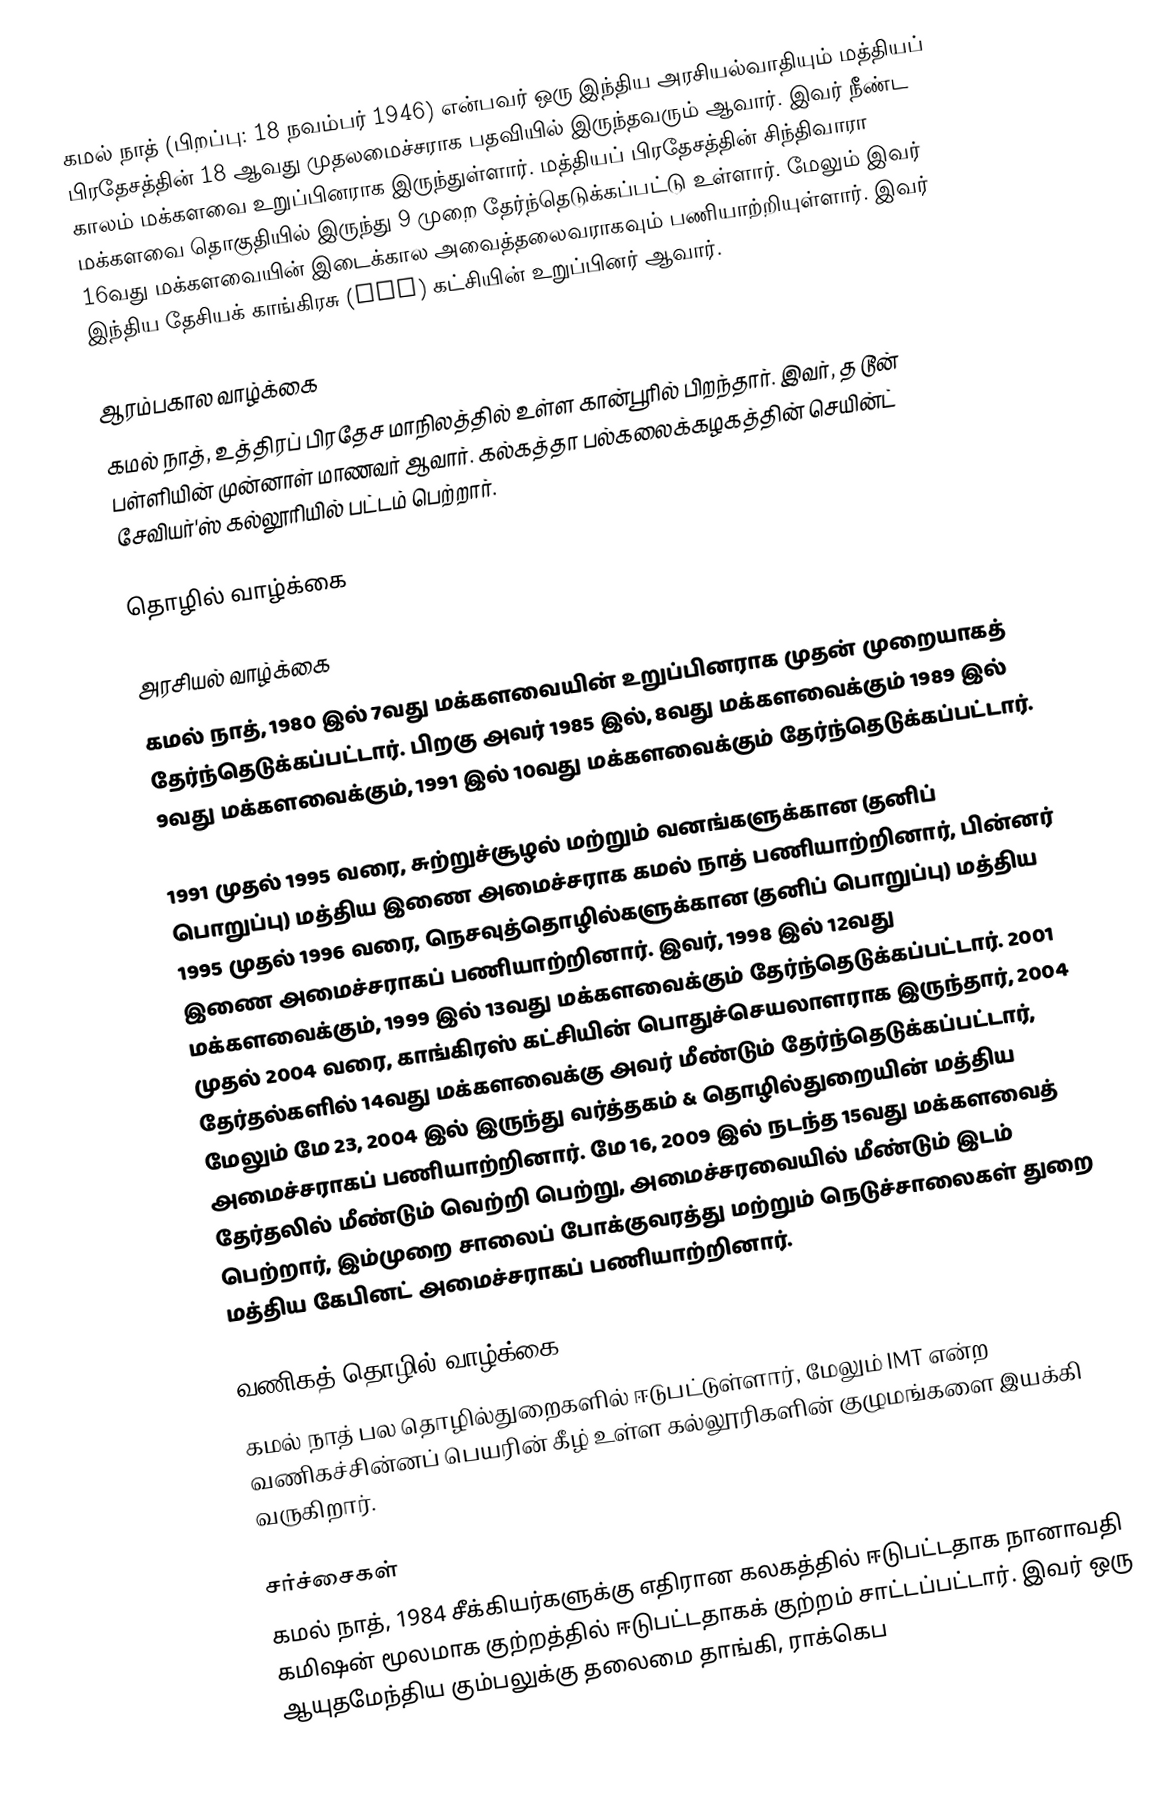
கமல் நாத்  (பிறப்பு: 18 நவம்பர் 1946) என்பவர் ஒரு இந்திய அரசியல்வாதியும் மத்தியப் பிரதேசத்தின் 18 ஆவது முதலமைச்சராக பதவியில் இருந்தவரும் ஆவார். இவர் நீண்ட காலம் மக்களவை உறுப்பினராக இருந்துள்ளார். மத்தியப் பிரதேசத்தின் சிந்திவாரா மக்களவை தொகுதியில் இருந்து 9 முறை தேர்ந்தெடுக்கப்பட்டு உள்ளார். மேலும் இவர் 16வது மக்களவையின் இடைக்கால அவைத்தலைவராகவும் பணியாற்றியுள்ளார். இவர் இந்திய தேசியக் காங்கிரசு (INC) கட்சியின் உறுப்பினர் ஆவார்.

ஆரம்பகால வாழ்க்கை
கமல் நாத், உத்திரப் பிரதேச மாநிலத்தில் உள்ள கான்பூரில் பிறந்தார். இவர், த டூன் பள்ளியின் முன்னாள் மாணவர் ஆவார். கல்கத்தா பல்கலைக்கழகத்தின் செயின்ட் சேவியர்'ஸ் கல்லூரியில் பட்டம் பெற்றார்.

தொழில் வாழ்க்கை

அரசியல் வாழ்க்கை
கமல் நாத், 1980 இல் 7வது மக்களவையின் உறுப்பினராக முதன் முறையாகத் தேர்ந்தெடுக்கப்பட்டார். பிறகு அவர் 1985 இல், 8வது மக்களவைக்கும் 1989 இல் 9வது மக்களவைக்கும்,  1991 இல் 10வது மக்களவைக்கும் தேர்ந்தெடுக்கப்பட்டார்.

1991 முதல் 1995 வரை, சுற்றுச்சூழல் மற்றும் வனங்களுக்கான (தனிப் பொறுப்பு) மத்திய இணை அமைச்சராக கமல் நாத் பணியாற்றினார், பின்னர் 1995 முதல் 1996 வரை, நெசவுத்தொழில்களுக்கான (தனிப் பொறுப்பு) மத்திய இணை அமைச்சராகப் பணியாற்றினார். இவர், 1998 இல் 12வது மக்களவைக்கும், 1999 இல் 13வது மக்களவைக்கும் தேர்ந்தெடுக்கப்பட்டார். 2001 முதல் 2004 வரை, காங்கிரஸ் கட்சியின் பொதுச்செயலாளராக இருந்தார், 2004 தேர்தல்களில் 14வது மக்களவைக்கு அவர் மீண்டும் தேர்ந்தெடுக்கப்பட்டார், மேலும் மே 23, 2004 இல் இருந்து வர்த்தகம் & தொழில்துறையின் மத்திய அமைச்சராகப் பணியாற்றினார். மே 16, 2009 இல் நடந்த 15வது மக்களவைத் தேர்தலில் மீண்டும் வெற்றி பெற்று, அமைச்சரவையில் மீண்டும் இடம் பெற்றார், இம்முறை சாலைப் போக்குவரத்து மற்றும் நெடுச்சாலைகள் துறை மத்திய கேபினட் அமைச்சராகப் பணியாற்றினார்.

வணிகத் தொழில் வாழ்க்கை
கமல் நாத் பல தொழில்துறைகளில் ஈடுபட்டுள்ளார், மேலும் IMT என்ற வணிகச்சின்னப் பெயரின் கீழ் உள்ள கல்லூரிகளின் குழுமங்களை இயக்கி வருகிறார்.

சர்ச்சைகள்
கமல் நாத், 1984 சீக்கியர்களுக்கு எதிரான கலகத்தில் ஈடுபட்டதாக நானாவதி கமிஷன் மூலமாக குற்றத்தில் ஈடுபட்டதாகக் குற்றம் சாட்டப்பட்டார். இவர் ஒரு ஆயுதமேந்திய கும்பலுக்கு தலைமை தாங்கி, ராக்கெப